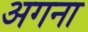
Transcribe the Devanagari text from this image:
अगना